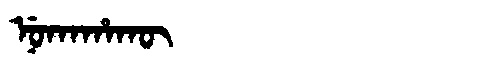
Manchu: ᠨᡠᡴᠠᡥᠠᡴᡡ
Romanization: NUKAHAKŪ